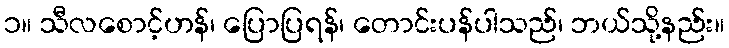
၁။ သီလစောင့်ဟန်၊ ပြောပြရန်၊ တောင်းပန်ပါသည်၊ ဘယ်သို့နည်း။